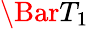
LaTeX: \Bar{T}_{1}